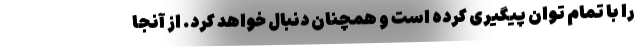
را با تمام توان پیگیری کرده است و همچنان دنبال خواهد کرد. از آنجا